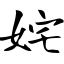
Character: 姹